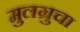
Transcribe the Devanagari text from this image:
मुलग्रुचा